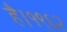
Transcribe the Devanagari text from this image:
है।१९६२